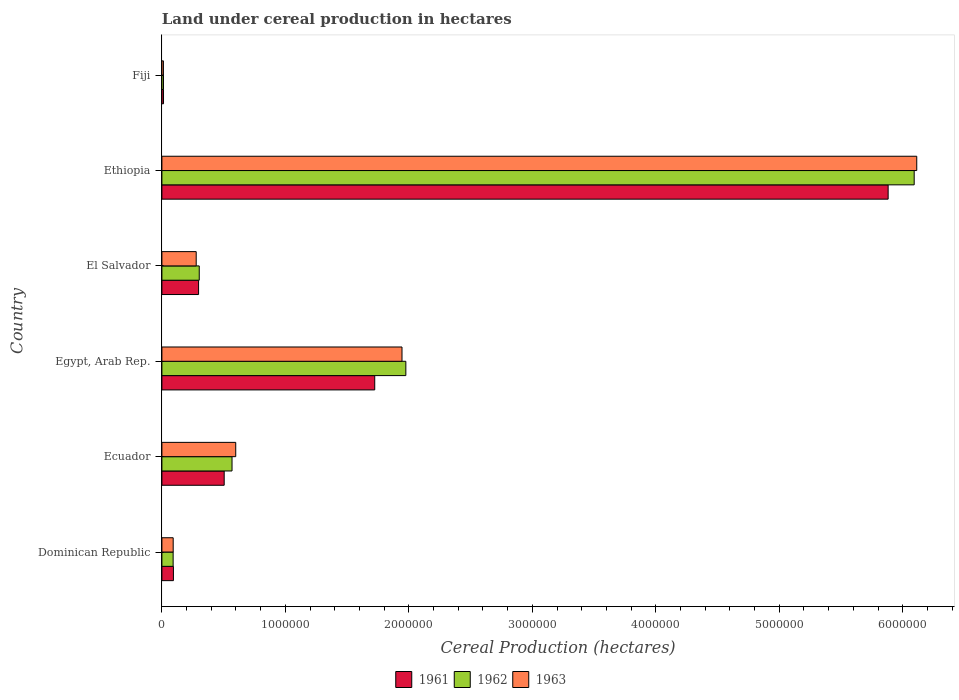
| Country | 1961 | 1962 | 1963 |
 | --- | --- | --- | --- |
 | Dominican Republic | 9.33e+04 | 9.1e+04 | 9.14e+04 |
 | Ecuador | 5.05e+05 | 5.68e+05 | 5.98e+05 |
 | Egypt, Arab Rep. | 1.72e+06 | 1.98e+06 | 1.94e+06 |
 | El Salvador | 2.97e+05 | 3.02e+05 | 2.78e+05 |
 | Ethiopia | 5.88e+06 | 6.09e+06 | 6.11e+06 |
 | Fiji | 1.31e+04 | 1.29e+04 | 1.23e+04 |